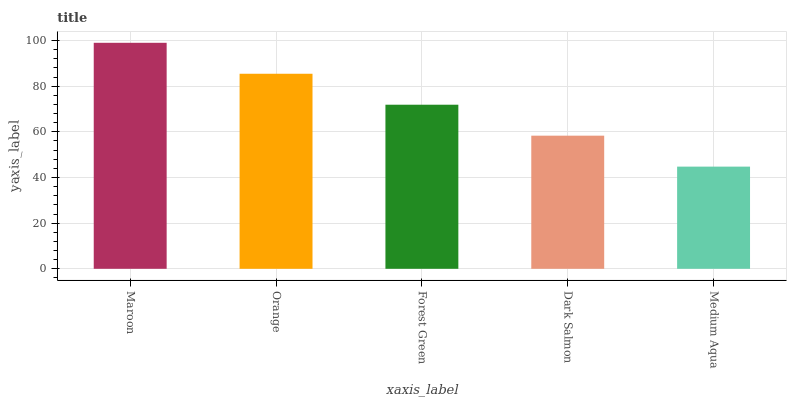
| xaxis_label | bars |
 | --- | --- |
 | Maroon | 99 |
 | Orange | 85.4 |
 | Forest Green | 71.9 |
 | Dark Salmon | 58.3 |
 | Medium Aqua | 44.8 |